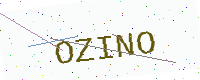
Text: OZINO